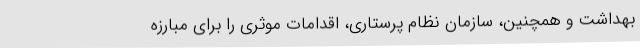
بهداشت و همچنین، سازمان نظام پرستاری، اقدامات موثری را برای مبارزه